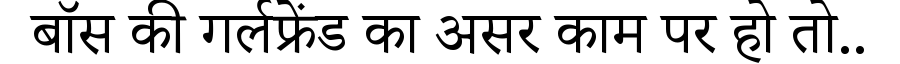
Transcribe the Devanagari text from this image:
बॉस की गर्लफ्रेंड का असर काम पर हो तो..